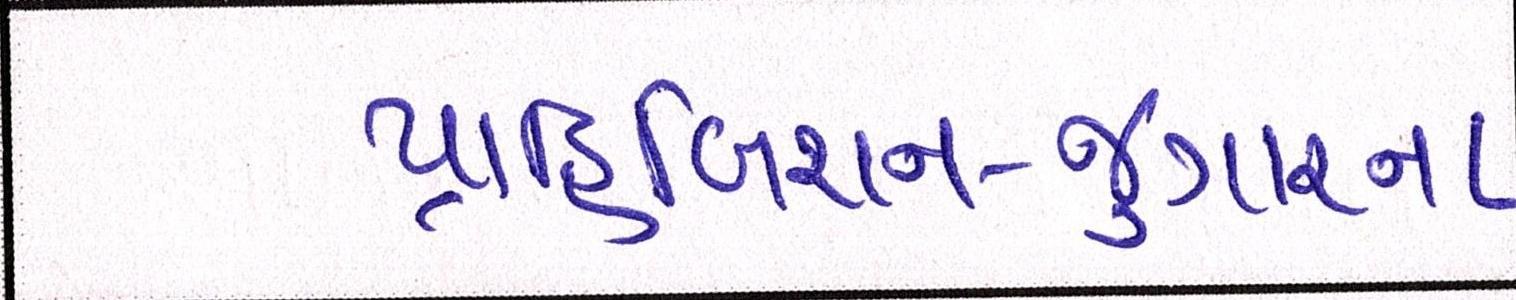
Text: પ્રાહિબિશન-જુગારના